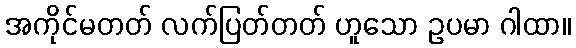
အကိုင်မတတ် လက်ပြတ်တတ် ဟူသော ဥပမာ ဂါထာ။